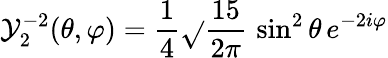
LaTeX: \mathcal{Y}_{2}^{-2}(\theta,\varphi)={\frac{{1}}{{4}}}{\sqrt{}{{\frac{{15}}{{2\pi}}}}}\, \sin^{2}\theta\, e^{-2i\varphi}